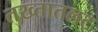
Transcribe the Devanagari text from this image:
तख्तातलट